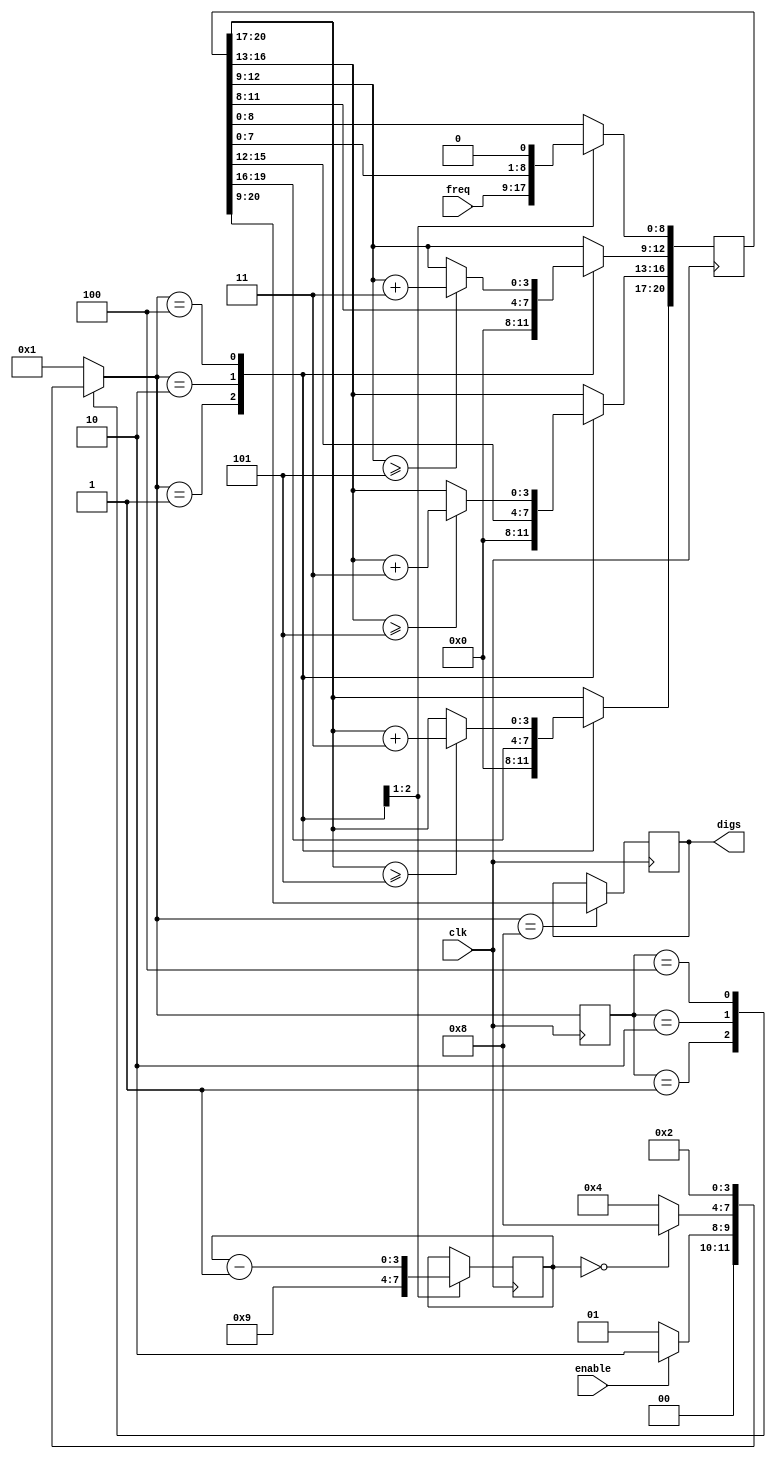
module bcd
(
    input clk,
    input [8:0] freq,
    input enable,
    output reg [11:0] digs
);

    reg [20:0] a;//12+9

    reg [3:0] cnt;//9

    parameter STOP = 4'b0001, SHIFT = 4'b0010, ADD = 4'b0100, END = 4'b1000;

    reg [3:0] cstate, nstate;

    always @(posedge clk)
        cstate <= nstate;

    always @(*)
        case (cstate)
            STOP:
                if (enable)
                    nstate = SHIFT;
                else
                    nstate = STOP;
            SHIFT:
                if (cnt == 0)
                    nstate = END;
                else
                    nstate = ADD;
            ADD:
                nstate = SHIFT;
            END:
                nstate = STOP;
            default:
                nstate = STOP;
        endcase

    always @(posedge clk) //cnt, a, b
        case (nstate)
            STOP: begin
                cnt <= 9;
                a <= freq;
            end
            SHIFT: begin
                a <= a << 1;
                cnt <= cnt - 1;
            end
            ADD: begin
                if (a[20:17] >= 5)
                    a[20:17] <= a[20:17] + 3;
                if (a[16:13] >= 5)
                    a[16:13] <= a[16:13] + 3;
                if (a[12:9] >= 5)
                    a[12:9] <= a[12:9] + 3;
            end
            END:
                digs <= a[20:9];
        endcase

endmodule